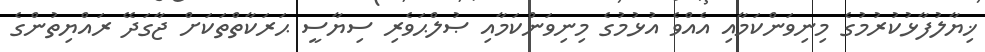
ޚިޔާލުފާޅުކުރުމުގެ މިނިވަންކަމާއި އެއްވެ އުޅުމުގެ މިނިވަންކަމާއި ޞުލްޙަވެރި ސިޔާސީ ޙަރަކާތްތަކަށް ޖާގަދޭ ރައްޔިތުންގެ